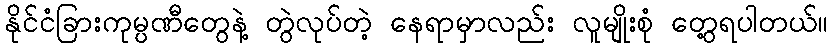
နိုင်ငံခြားကုမ္ပဏီတွေနဲ့ တွဲလုပ်တဲ့ နေရာမှာလည်း လူမျိုးစုံ တွေ့ရပါတယ်။